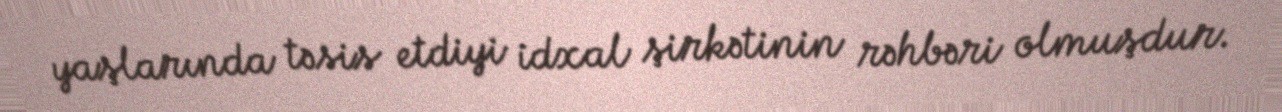
yaşlarında təsis etdiyi idxal şirkətinin rəhbəri olmuşdur.